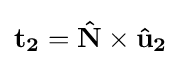
\mathbf {t_{2}} =\mathbf {\hat {N}} \times \mathbf {{\hat {u}}_{2}}